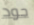
جود